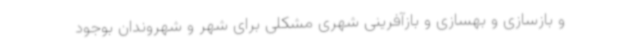
و بازسازی و بهسازی و بازآفرینی شهری مشکلی برای شهر و شهروندان بوجود